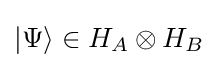
\vert \Psi \rangle \in {H_{A}\otimes H_{B}}